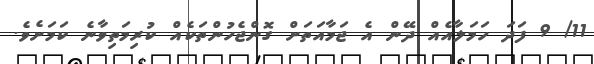
11/ 9 ފަދަ ހަމަލާއެއް ދޭން އެ ޖަމާއަތަށް ގޮންޖެހުންތަކެއް ކުރިމަތިވާނެ ކަމަށެވެ.